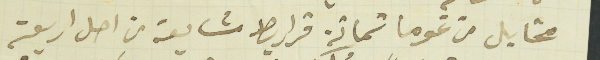
مخايل من غوما ثمانة قراريط مشايعة من اصل اربعة